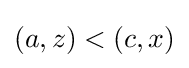
(a,z)<(c,x)